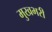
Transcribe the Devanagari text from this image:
मुखभरी